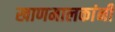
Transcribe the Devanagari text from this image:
खाणमालकांनी